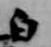
白